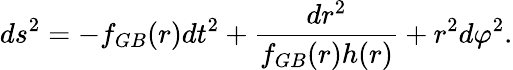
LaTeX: ds^{2}=-f_{GB}(r)dt^{2}+\frac{dr^{2}}{f_{GB}(r)h(r)}+r^{2}d\varphi^{2}.